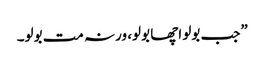
”جب بولو اچھا بولو، ورنہ مت بولو۔